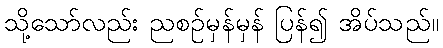
သို့သော်လည်း ညစဉ်မှန်မှန် ပြန်၍ အိပ်သည်။